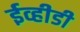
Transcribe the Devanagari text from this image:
ईव्हीडी